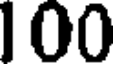
100